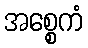
အစ္စေကံ